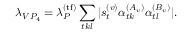
\lambda _ { V P _ { 4 } } = \lambda _ { P } ^ { ( \mathrm { t f } ) } \sum _ { t k l } | s _ { t } ^ { ( v ) } \alpha _ { t k } ^ { ( A _ { v } ) } \alpha _ { t l } ^ { ( B _ { v } ) } | .